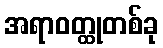
အရာဝတ္ထုတစ်ခု